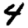
Digit: 4